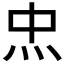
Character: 𤆪